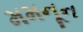
મમનૂન